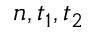
n , t _ { 1 } , t _ { 2 }